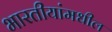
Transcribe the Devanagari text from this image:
भारतीयांमधील